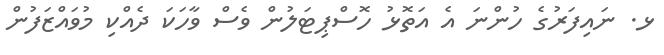
ޅ. ނައިފަރުގެ ހުންނަ އެ އަތޮޅު ހޮސްޕިޓަލުން ވެސް ވާހަކަ ދެއްކި މުވައްޒަފުން